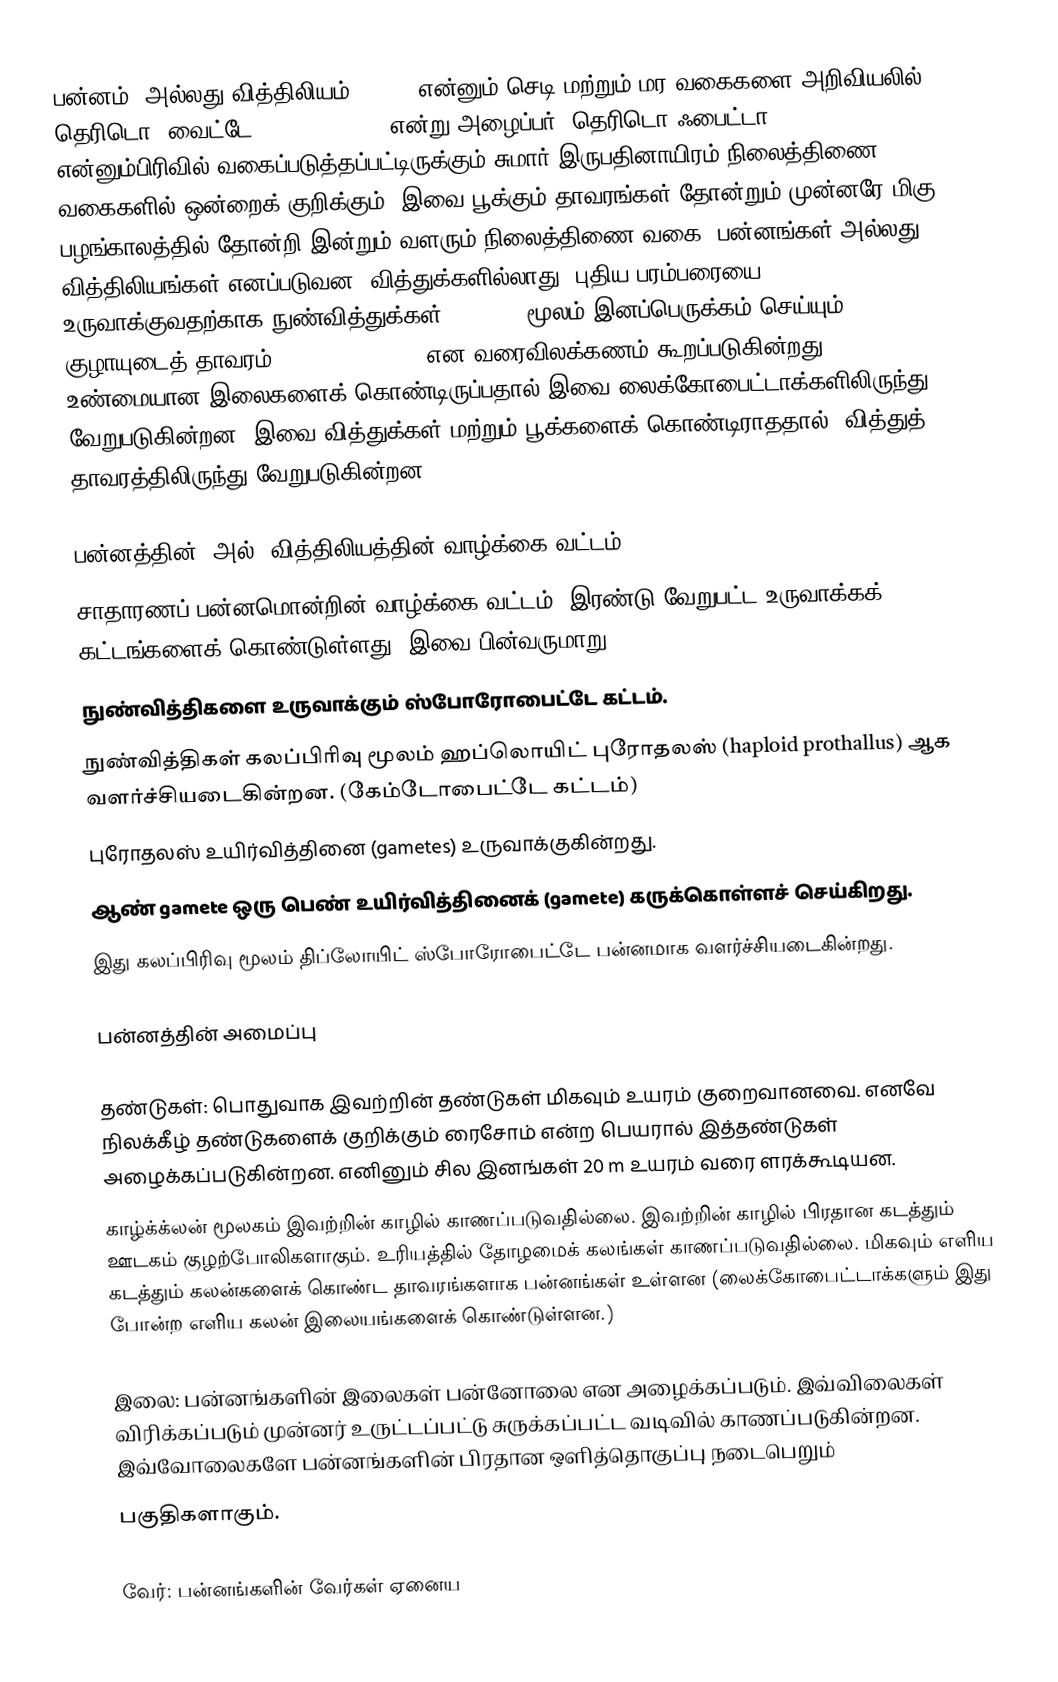
பன்னம் (அல்லது வித்திலியம், Fern) என்னும் செடி மற்றும் மர வகைகளை அறிவியலில் தெரிடொ-'வைட்டே (Pteridophyte)  என்று அழைப்பர். தெரிடொ-ஃபைட்டா (Pteridophyta) என்னும்பிரிவில் வகைப்படுத்தப்பட்டிருக்கும் சுமார் இருபதினாயிரம் நிலைத்திணை வகைகளில் ஒன்றைக் குறிக்கும். இவை பூக்கும் தாவரங்கள் தோன்றும் முன்னரே மிகு பழங்காலத்தில் தோன்றி இன்றும் வளரும் நிலைத்திணை வகை. பன்னங்கள் அல்லது வித்திலியங்கள் எனப்படுவன,  வித்துக்களில்லாது, புதிய பரம்பரையை உருவாக்குவதற்காக நுண்வித்துக்கள் (spores) மூலம் இனப்பெருக்கம் செய்யும் குழாயுடைத் தாவரம் (vascular plant) என வரைவிலக்கணம் கூறப்படுகின்றது. உண்மையான இலைகளைக் கொண்டிருப்பதால் இவை லைக்கோபைட்டாக்களிலிருந்து வேறுபடுகின்றன. இவை வித்துக்கள் மற்றும் பூக்களைக் கொண்டிராததால், வித்துத் தாவரத்திலிருந்து வேறுபடுகின்றன.

பன்னத்தின் (அல்) வித்திலியத்தின் வாழ்க்கை வட்டம்
சாதாரணப் பன்னமொன்றின் வாழ்க்கை வட்டம், இரண்டு வேறுபட்ட உருவாக்கக் கட்டங்களைக் கொண்டுள்ளது. இவை பின்வருமாறு:
 நுண்வித்திகளை உருவாக்கும் ஸ்போரோபைட்டே கட்டம்.
 நுண்வித்திகள் கலப்பிரிவு மூலம் ஹப்லொயிட் புரோதலஸ் (haploid prothallus) ஆக வளர்ச்சியடைகின்றன. (கேம்டோபைட்டே கட்டம்)
 புரோதலஸ் உயிர்வித்தினை (gametes) உருவாக்குகின்றது.
 ஆண் gamete ஒரு பெண் உயிர்வித்தினைக் (gamete) கருக்கொள்ளச் செய்கிறது.
 இது கலப்பிரிவு மூலம் திப்லோயிட் ஸ்போரோபைட்டே பன்னமாக வளர்ச்சியடைகின்றது.

பன்னத்தின் அமைப்பு

 தண்டுகள்: பொதுவாக இவற்றின் தண்டுகள் மிகவும் உயரம் குறைவானவை. எனவே நிலக்கீழ் தண்டுகளைக் குறிக்கும் ரைசோம் என்ற பெயரால் இத்தண்டுகள் அழைக்கப்படுகின்றன. எனினும் சில இனங்கள் 20 m உயரம் வரை ளரக்கூடியன.
காழ்க்க்லன் மூலகம் இவற்றின் காழில் காணப்படுவதில்லை. இவற்றின் காழில் பிரதான கடத்தும் ஊடகம் குழற்போலிகளாகும். உரியத்தில் தோழமைக் கலங்கள் காணப்படுவதில்லை. மிகவும் எளிய கடத்தும் கலன்களைக் கொண்ட தாவரங்களாக பன்னங்கள் உள்ளன (லைக்கோபைட்டாக்களும் இது போன்ற எளிய கலன் இலையங்களைக் கொண்டுள்ளன.)

இலை: பன்னங்களின் இலைகள் பன்னோலை என அழைக்கப்படும். இவ்விலைகள் விரிக்கப்படும் முன்னர் உருட்டப்பட்டு சுருக்கப்பட்ட வடிவில் காணப்படுகின்றன. இவ்வோலைகளே பன்னங்களின் பிரதான ஒளித்தொகுப்பு நடைபெறும்
பகுதிகளாகும்.

 வேர்: பன்னங்களின் வேர்கள் ஏனைய